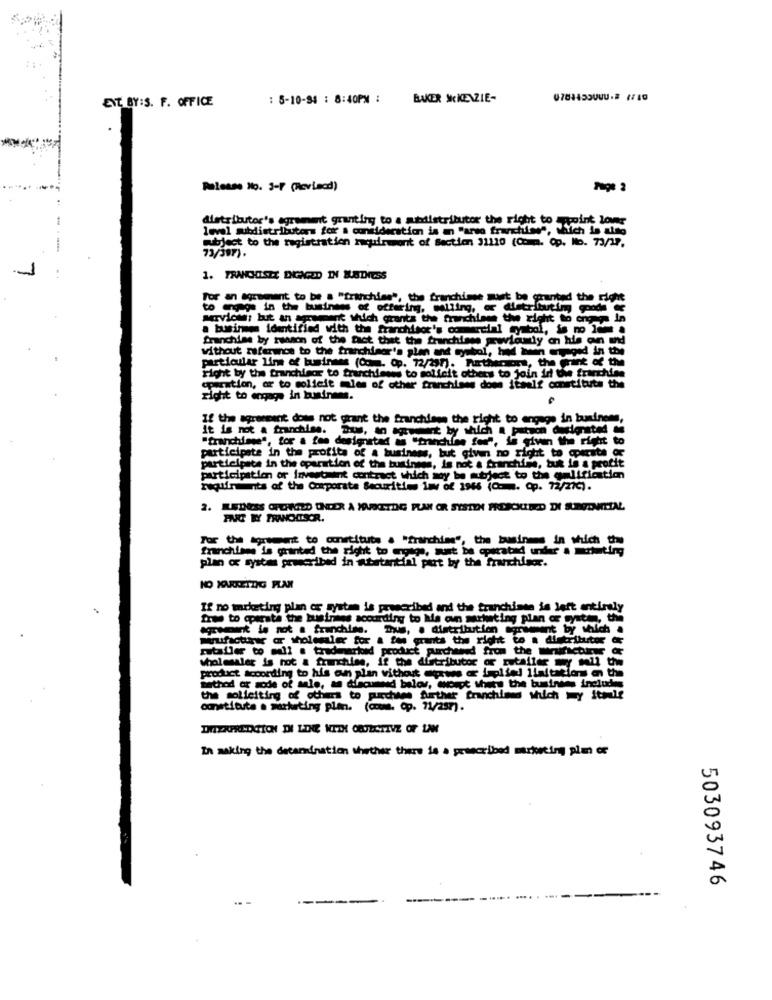
ENT BY:S. F. OFFICE
: 5-10-94 : 8:40PM : BAKER SKKENZIE-
Please No. 3-1 (Revisad)
distributor's agrement granting to a suadistributor the right to point lowr
level subdistributors for a consideration is an "arso franfiles", which is also
subject to the registration racuirwont of Section 31110 (Comp. Op. No. 73/27.
73/397).
1. FRANCOISTE DIGAGED IN NADIESS
For an egrement to be a "franchise", the franchisee must be counted the right
to engage in the business of offering, malling, or distributing goods
services: but an agrement which grants the franchises the right to engage in
a businnes identified with the franchisor's commercial symbol, is no lem a
franchise by rwson of the fact that the franchisse prwiamy on his on und
without reference to the franchiser's plan and symbol, had been engaged in the
particular line of business (Com. Op. 72/237). Furthermore, the Print of the
right by the franchisor to truchisens to solicit others to join in the franchise
paration, or to solicit mles of other franchises doms itself constitute the
right to engage in business.
If the agreement does not girant the franchises the right to engage in business,
It is not a franchise. Bus, to agressent by which a patron desigrated
"tranchage", for a fee designated as "tranchine for", de given the right to
participate in the profita of a business, but given no right to operate OF
participate in the operation of the business, Is not a franchise, but is a profit
participation or investisint contract which may be subject to the qulification
rugufments of the Corporate Securities im of 1946 (Q: . Op. 72/27℃).
2. LEDESS CHEHATED ONDER À JOURETDIG PLAN OR SYSTEM FRESCUITED DI SURTONMITTAL
For the agreeett to constitute a "franchise", the business in which the
franchises is granted the right to motos, must be operated urider a marketing
plan of system prescribed in atetantial pert by the franchisor.
KO MORIETDIG PLAN
If no marketing plan or system is prescribed and the tranchiste is left entirely
free to operate the busines according to kia oun marketing plan ar cystin, the
agreement is not a franchise. Thus, . distribution agreement by which .
Wirufacturar or wholesaler for a fos grants the right to a distributor @
rutafler to mali a traderiad product purchased from the thirsifactures
wholesaler is not a franchise, if the distributor of rutaller may soll the
product according to his aun plan vithost egress or tapi del 1laitations on the
method or sode of sale, an diecumed belov, worct where the business includes
the soliciting of others to purchase further franchised which y itmie
constitute a marketing plan. (comme. Op. 11/257).
In making the determination whether there is a prescribed marketing pim of
503093746
---
-